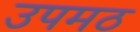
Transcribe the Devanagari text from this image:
उपमठ